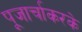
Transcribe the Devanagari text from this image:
पूजार्चाकरके